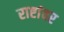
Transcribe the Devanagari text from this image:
राष्टांवर